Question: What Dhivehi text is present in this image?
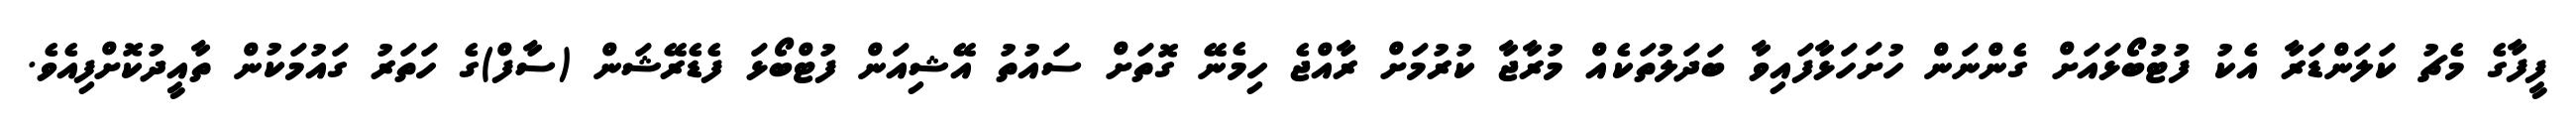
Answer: ފީފާގެ މެޗު ކަލަންޑަރާ އެކު ފުޓުބޯޅައަށް ގެންނަން ހުށަހަޅާފައިވާ ބަދަލުތަކެއް މުރާޖާ ކުރުމަށް ރާއްޖެ ހިމެނޭ ގޮތަށް ސައުތު އޭޝިއަން ފުޓްބޯޅަ ފެޑެރޭޝަން (ސާފް)ގެ ހަތަރު ގައުމަކުން ތާއީދުކޮށްފިއެވެ.